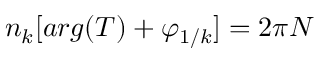
\begin{array} { r } { n _ { k } [ a r g ( T ) + \varphi _ { 1 / k } ] = 2 \pi N } \end{array}